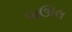
પાઊલ